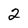
Character: 2